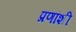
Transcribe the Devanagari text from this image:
प्रणांशी